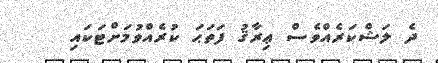
ދެ ލަޝްކަރެއްވެސް ޢިރާޤު ފަތަޙަ ކުރެއްވުމަށްޓަކައި